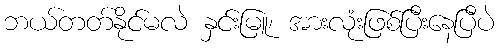
ဘယ်တတ်နိုင်မလဲ နှင်းမြူ၊ အားလုံးဖြစ်ပြီးနေပြီပဲ